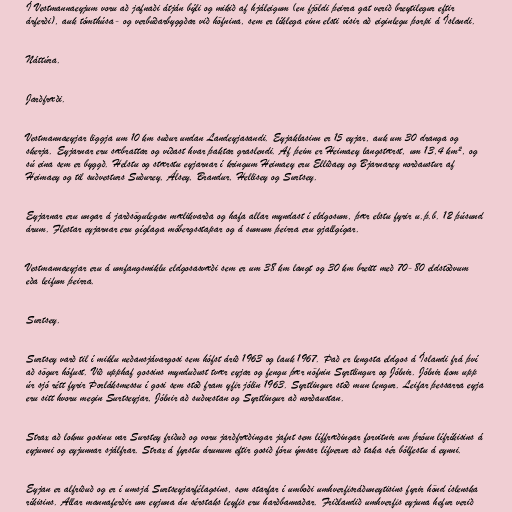
Í Vestmannaeyjum voru að jafnaði átján býli og mikið af hjáleigum (en fjöldi þeirra gat verið breytilegur eftir
árferði), auk tómthúsa- og verbúðarbyggðar við höfnina, sem er líklega einn elsti vísir að eiginlegu þorpi á Íslandi.

Náttúra.

Jarðfræði.

Vestmannaeyjar liggja um 10 km suður undan Landeyjasandi. Eyjaklasinn er 15 eyjar, auk um 30 dranga og
skerja. Eyjarnar eru sæbrattar og víðast hvar þaktar graslendi. Af þeim er Heimaey langstærst, um 13,4 km², og
sú eina sem er byggð. Helstu og stærstu eyjarnar í kringum Heimaey eru Elliðaey og Bjarnarey norðaustur af
Heimaey og til suðvesturs Suðurey, Álsey, Brandur, Hellisey og Surtsey.

Eyjarnar eru ungar á jarðsögulegan mælikvarða og hafa allar myndast í eldgosum, þær elstu fyrir u.þ.b. 12 þúsund
árum. Flestar eyjarnar eru gíglaga móbergsstapar og á sumum þeirra eru gjallgígar.

Vestmannaeyjar eru á umfangsmiklu eldgosasvæði sem er um 38 km langt og 30 km breitt með 70-80 eldstöðvum
eða leifum þeirra.

Surtsey.

Surtsey varð til í miklu neðansjávargosi sem hófst árið 1963 og lauk 1967. Það er lengsta eldgos á Íslandi frá því
að sögur hófust. Við upphaf gossins mynduðust tvær eyjar og fengu þær nöfnin Syrtlingur og Jólnir. Jólnir kom upp
úr sjó rétt fyrir Þorláksmessu í gosi sem stóð fram yfir jólin 1963. Syrtlingur stóð mun lengur. Leifar þessarra eyja
eru sitt hvoru megin Surtseyjar, Jólnir að suðvestan og Syrtlingur að norðaustan.

Strax að loknu gosinu var Surstey friðuð og voru jarðfræðingar jafnt sem líffræðingar forvitnir um þróun lífríkisins á
eyjunni og eyjunnar sjálfrar. Strax á fyrstu árunum eftir gosið fóru ýmsar lífverur að taka sér bólfestu á eynni.

Eyjan er alfriðuð og er í umsjá Surtseyjarfélagsins, sem starfar í umboði umhverfisráðuneytisins fyrir hönd íslenska
ríkisins. Allar mannaferðir um eyjuna án sérstaks leyfis eru harðbannaðar. Friðlandið umhverfis eyjuna hefur verið